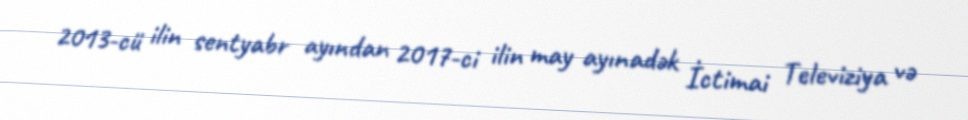
2013-cü ilin sentyabr ayından 2017-ci ilin may ayınadək İctimai Televiziya və